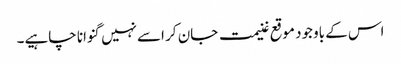
اس کے باوجود موقع غنیمت جان کر اسےنہیں گنوانا چاہیے۔